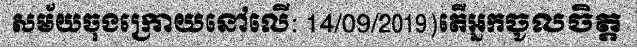
សម័យចុងក្រោយនៅលើ: 14/09/2019)តើអ្នកចូលចិត្ត